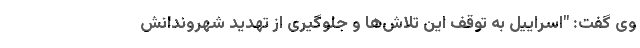
وی گفت: "اسراییل به توقف این تلاش‌ها و جلوگیری از تهدید شهروندانش